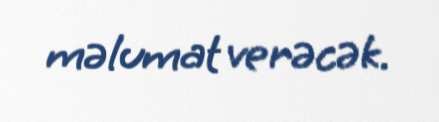
məlumat verəcək.